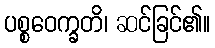
ပစ္စဝေက္ခတိ၊ ဆင်ခြင်၏။